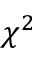
\chi ^ { 2 }